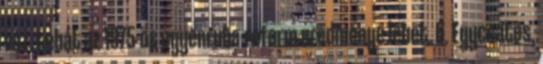
vsz. tehát az 1975-ös egyenruha-reform eredménye lehet. 6. Egycsatos,